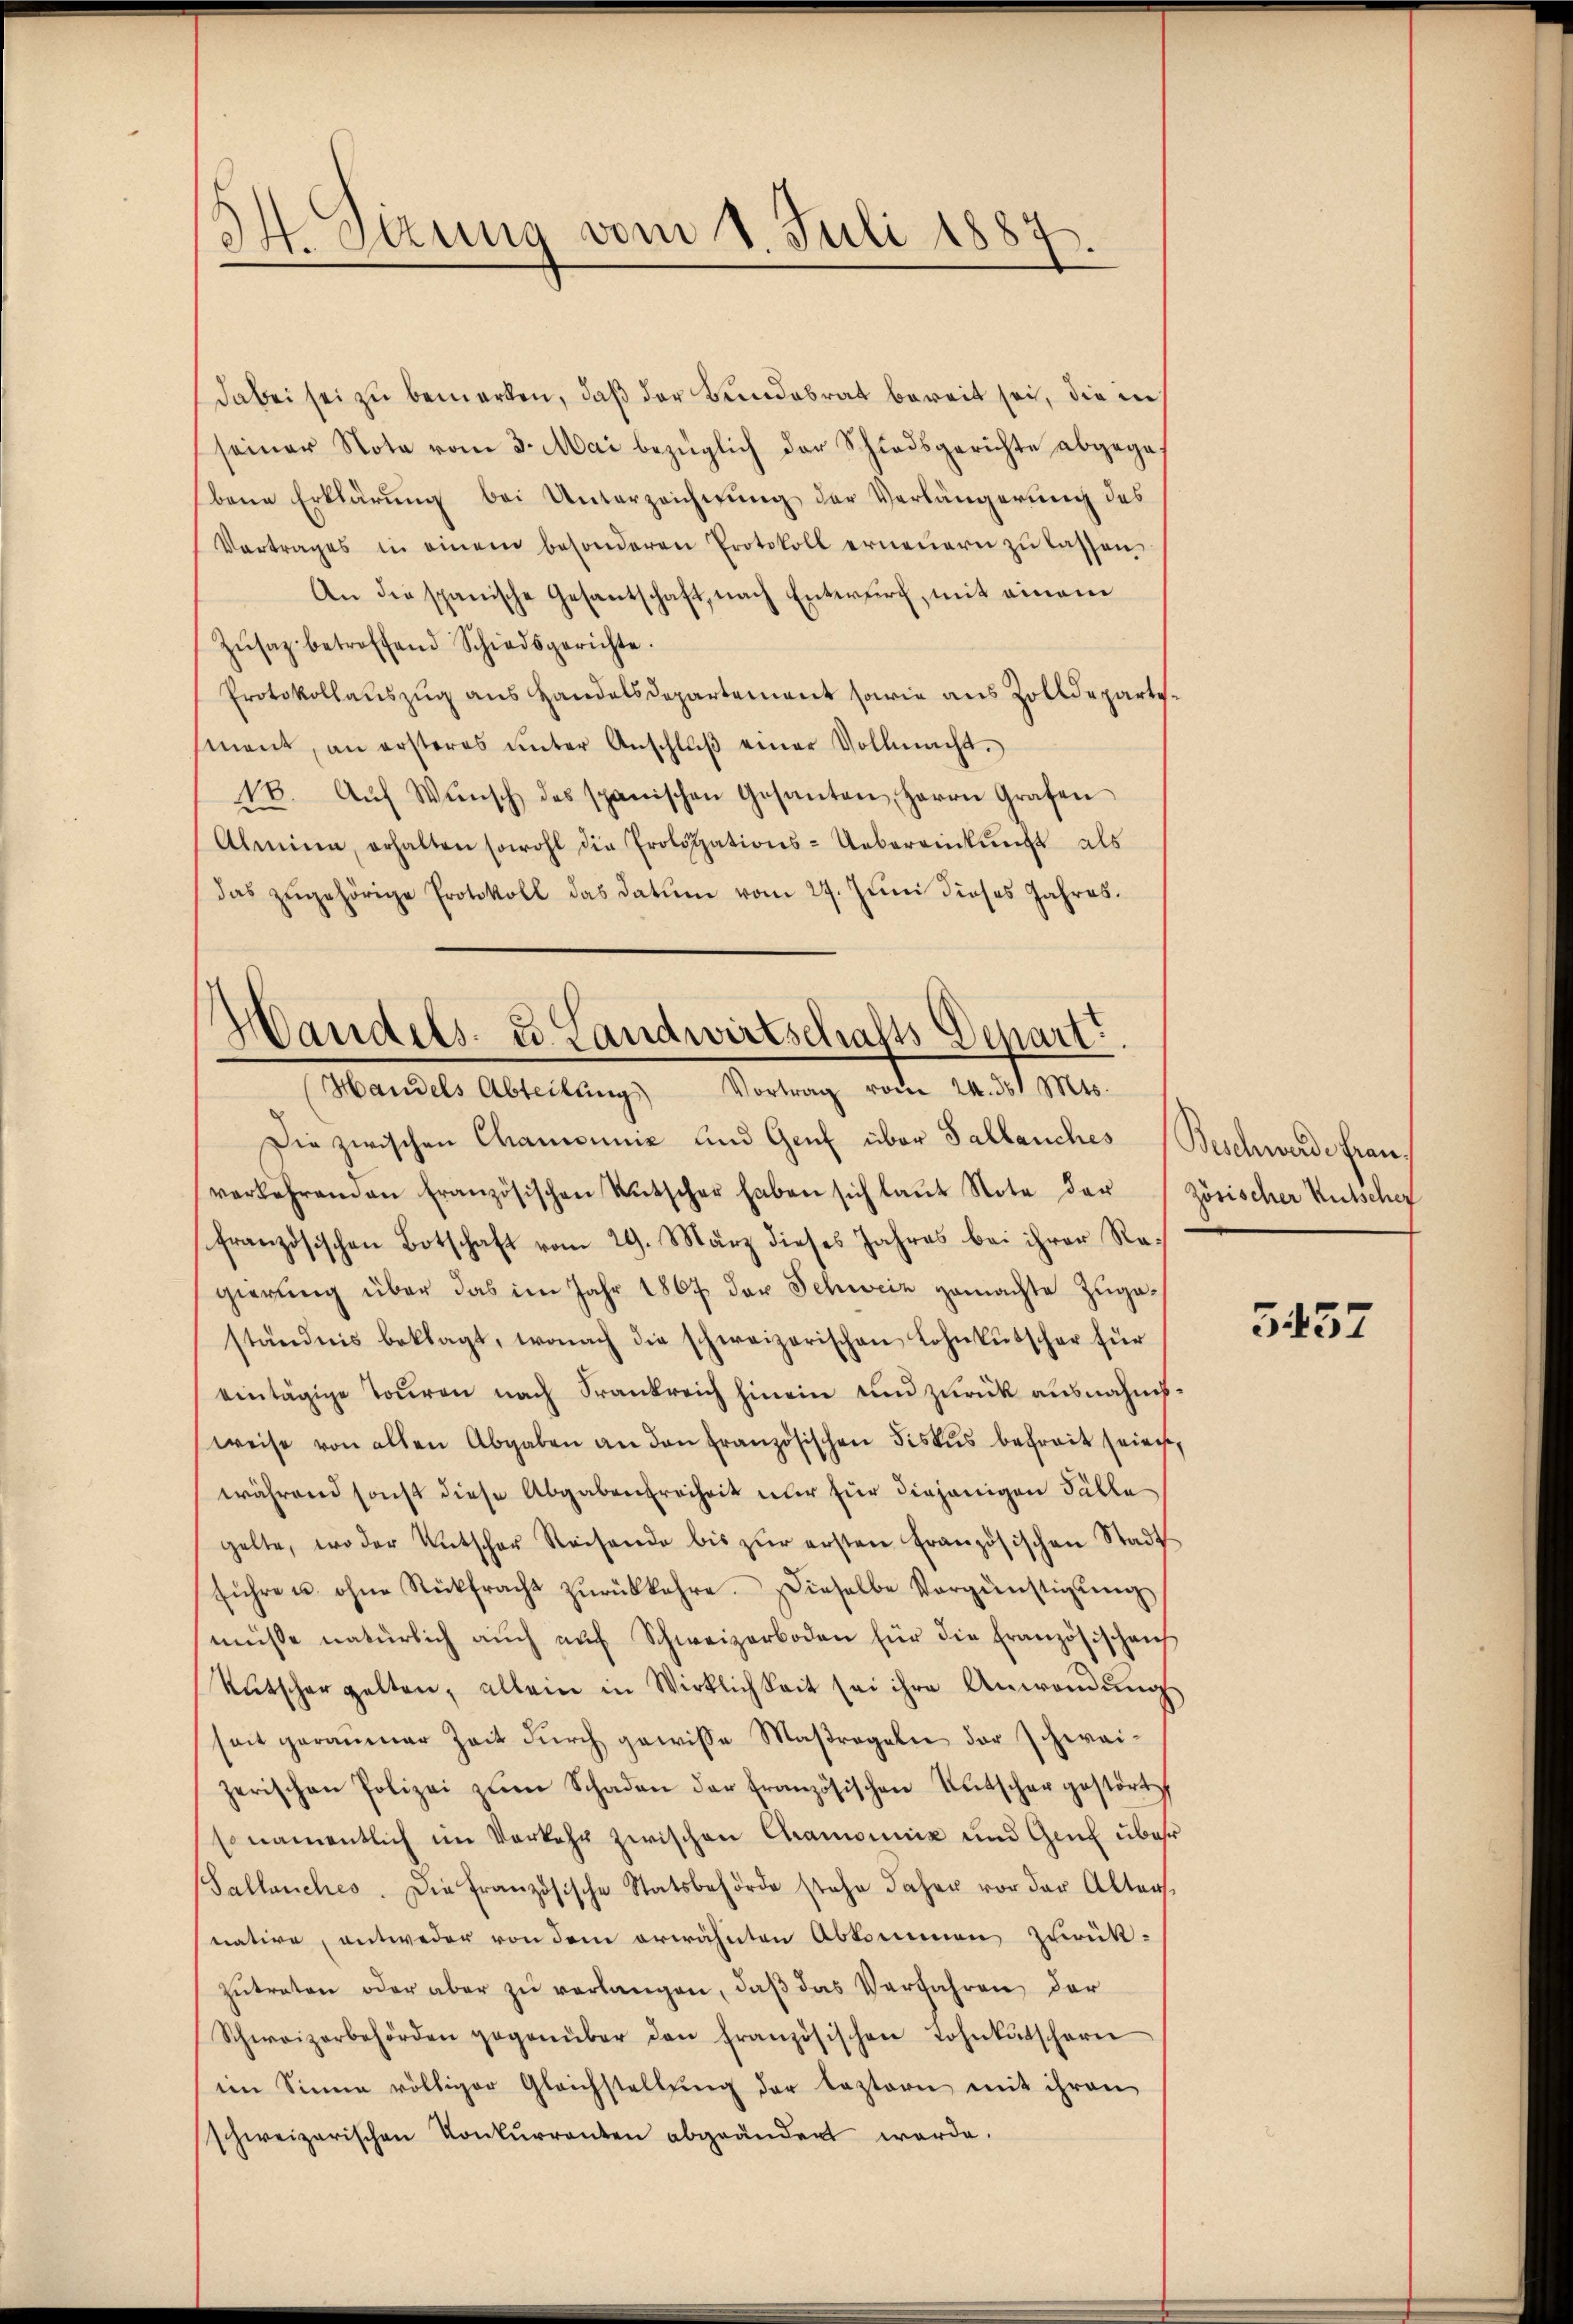
d
Sizung vom 1. Juli 1887.

dabei sei zu bemerken, daß der Landabrat bereit sei, die in
seiner Note vom 3. Mai bezüglich der Schiedsgerichte abgege-
bene Erklärung bei Unterzeichnung der Verlängerung des
Vortrages in einem besonderen Protokoll erneŭern zŭ lassen,
An die spanische Gesantschaft, nach Entwurf, mit einem
Zŭsaz betroffend Schiedsgerichte.
Protokollauszug aus Handelsdepartement sowie aus Zolldepartsment, an ersteres ŭnter Anschlŭβ einer Vollmacht.
18. Aŭf Wŭnsch des spanischen Gesanten, Herrn Grafen
Almina, erhalten sowohl die Prologations-Uebereinkunft als
das zugehörige Protokoll das Datum vom 27. Juni dieses Jahres.
Handels- u. Landwirtschafts Depart

Handels Abteilŭng Vortrag vom 24. d. Mts.

Die zwischen Chamonie und Genf über Sallauches (Beschwerde Frauverkehrenden französischen Kŭtscher haben sich laŭt Note der (zösischer Kutscher
französischen Botschaft vom 29. März dieses Jahres bei ihrer Ragierung über das im Jahr 1867 der Schweiz gemachte Zugaständnis beklagt, wonach die schweizerischen Lohnkutscher für
eintägige Touren nach Frankreich hinein und zurück ausnahmsweise von allen Abgaben an den französischen Fiskus befreit seien,
während sonst diese Abgabenfreiheit nur für diejenigen Fälle
gelte, wo der Untscher Reisende bis zŭr ersten französischen Stadt
führe u. ohne Rückfracht zŭrückkehre. Dieselbe Vergünstigŭng
müsse natürlich auch auf Schweizerboden für die Französischens
Kŭtscher gelten, allein in Wirklichkeit sei ihre Anwendŭng
seit geraumer Zeit durch gewisse Maßregeln der Schwaizerischen Polizei zŭm Schaden der französischen Entscher gestört
snamentlich im Vorkehr zwischen Chamonix und Genf über
Sallanches. Die Französische Statsbehörde stehe daher vor der Alters.
native, entweder von dem erwähnten Abkommen zurück-
zŭtreten oder aber zŭ verlangen, daß das Verfahren der
Schweizerbehörden gegenüber den französischen Lohnkutscharei
im Sinne völliger Gleichstellung der leztern mit ihren
schweizerischen Konkurrenten abgeändert werde.

3457